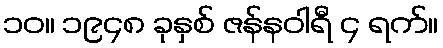
၁၀။ ၁၉၄၈ ခုနှစ် ဇန်နဝါရီ ၄ ရက်။